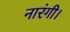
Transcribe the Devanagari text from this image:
नारंगी।